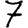
Digit: 7